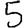
Digit: 5